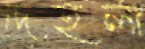
দেহলা